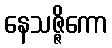
နေသဇ္ဇိကော